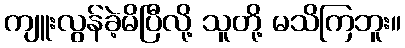
ကျူးလွန်ခဲ့မိပြီလို့ သူတို့ မသိကြဘူး။